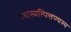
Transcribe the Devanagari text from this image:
यथास्मत्पित्तण्यस्य